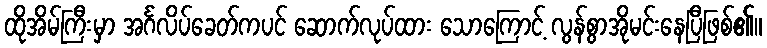
ထိုအိမ်ကြီးမှာ အင်္ဂလိပ်ခေတ်ကပင် ဆောက်လုပ်ထား သောကြောင့် လွန်စွာအိုမင်းနေပြီဖြစ်၏။